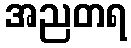
အညတရ